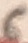
Text: 6